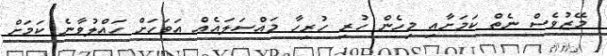
މޭޒުވެސް ނެތް ކަމަށާއި މިހެން ހުރި ހުރިހާ މައްސަލައެއް އަވަހަށް ހައްލުވާނެ ކަމަށް